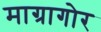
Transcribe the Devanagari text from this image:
माग्रागोर